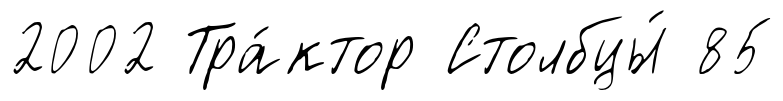
2002 Тра́ктор Столбцы́ 85